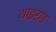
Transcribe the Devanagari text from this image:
थाइराड